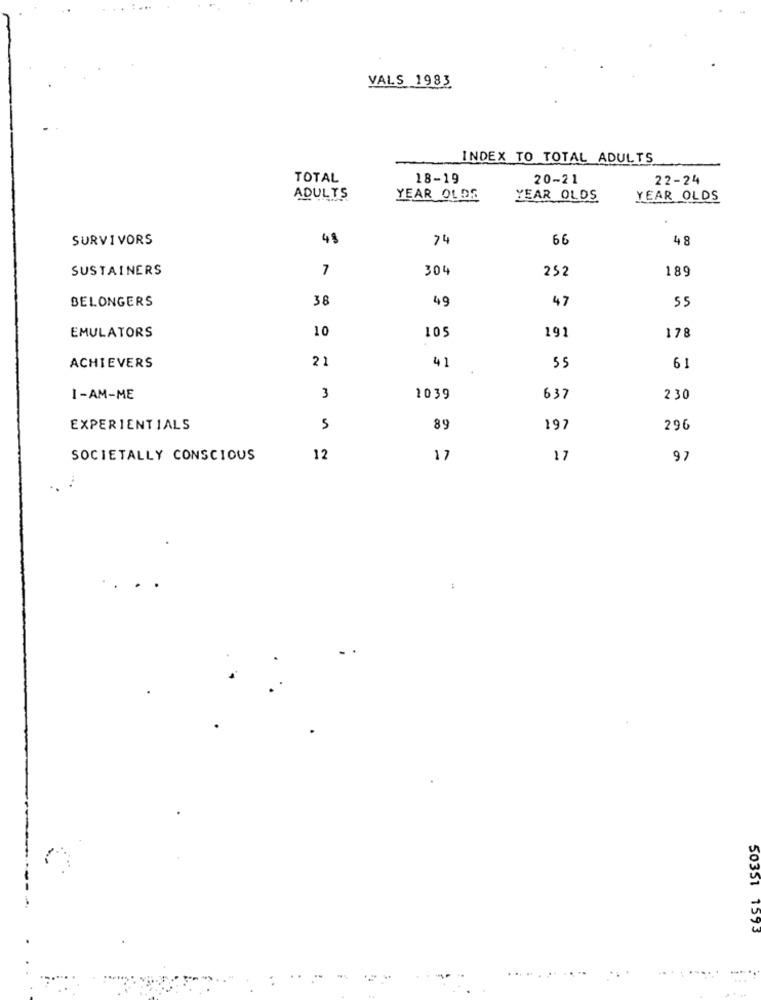
VALS 1983
INDEX TO TOTAL ADULTS
TOTAL
18-19
20-21
22-24
ADULTS
YEAR OLDS
YEAR OLDS
YEAR OLDS
SURVIVORS
74
66
48
SUSTAINERS
7
304
252
189
BELONGERS
38
49
47
10
105
191
178
EMULATORS
21
41
ACHIEVERS
55
61
I-AM-ME
3
1039
637
230
EXPERIENTIALS
5
89
197
296
SOCIETALLY CONSCIOUS
12
17
17
97
50351 1593
. ..
. ..